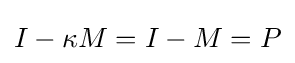
I-\kappa M=I-M=P